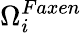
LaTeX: \Omega_{i}^{Faxen}